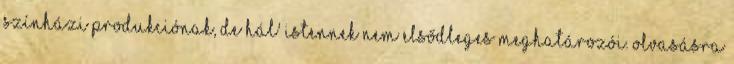
színházi produkciónak, de hál' istennek nem elsődleges meghatározói. Olvasásra